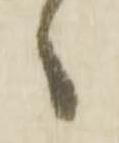
候